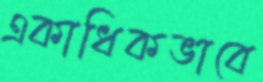
একাধিকভাবে